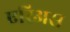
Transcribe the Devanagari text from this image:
एरिअस